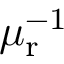
\mu _ { \mathrm { r } } ^ { - 1 }